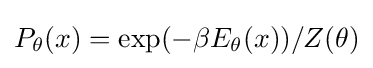
P_{\theta }(x)=\exp(-\beta E_{\theta }(x))/Z(\theta )